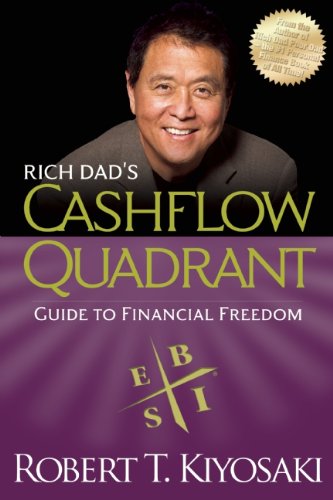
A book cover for Rich Dad's CASHFLOW Quadrant: Rich Dad's Guide to Financial Freedom; Robert T. Kiyosaki; Business & Money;